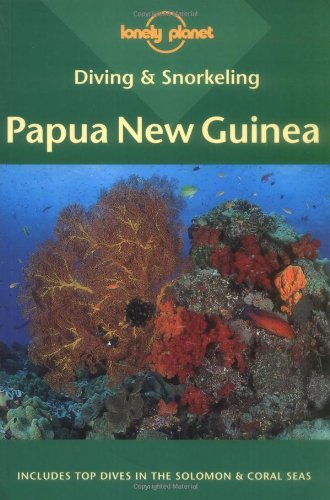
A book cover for Diving & Snorkeling Papua New Guinea (Lonely Planet Diving and Snorkeling Guides); Bob Halstead; Travel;